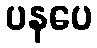
ပနပေ